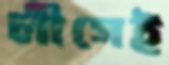
লীগেই